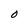
Character: O